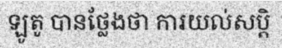
ឡូតូ បានថ្លែងថា ការយល់សប្តិ